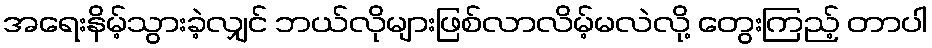
အရေးနိမ့်သွားခဲ့လျှင် ဘယ်လိုများဖြစ်လာလိမ့်မလဲလို့ တွေးကြည့် တာပါ